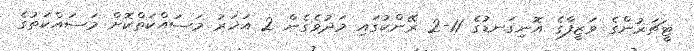
ޓީޗަރުންގެ ވަޒީފާގެ އޮނިގަނޑުގެ 11-2 ރޭންކުގައި މަދުވެގެން 2 އަހަރު މަސައްކަތްކޮށް މަސައްކަތުގެ